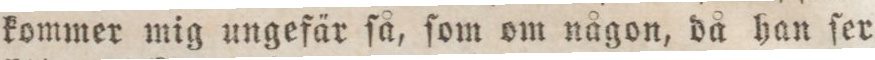
kommer mig ungefär ſå, ſom om någon, då han ſer